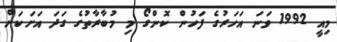
މިއީ 1992 ވަނަ އަހަރުގެ ފަހުން ކޮންގޯ މި މުބާރާތުގެ ގަދަ އަށަކަށް